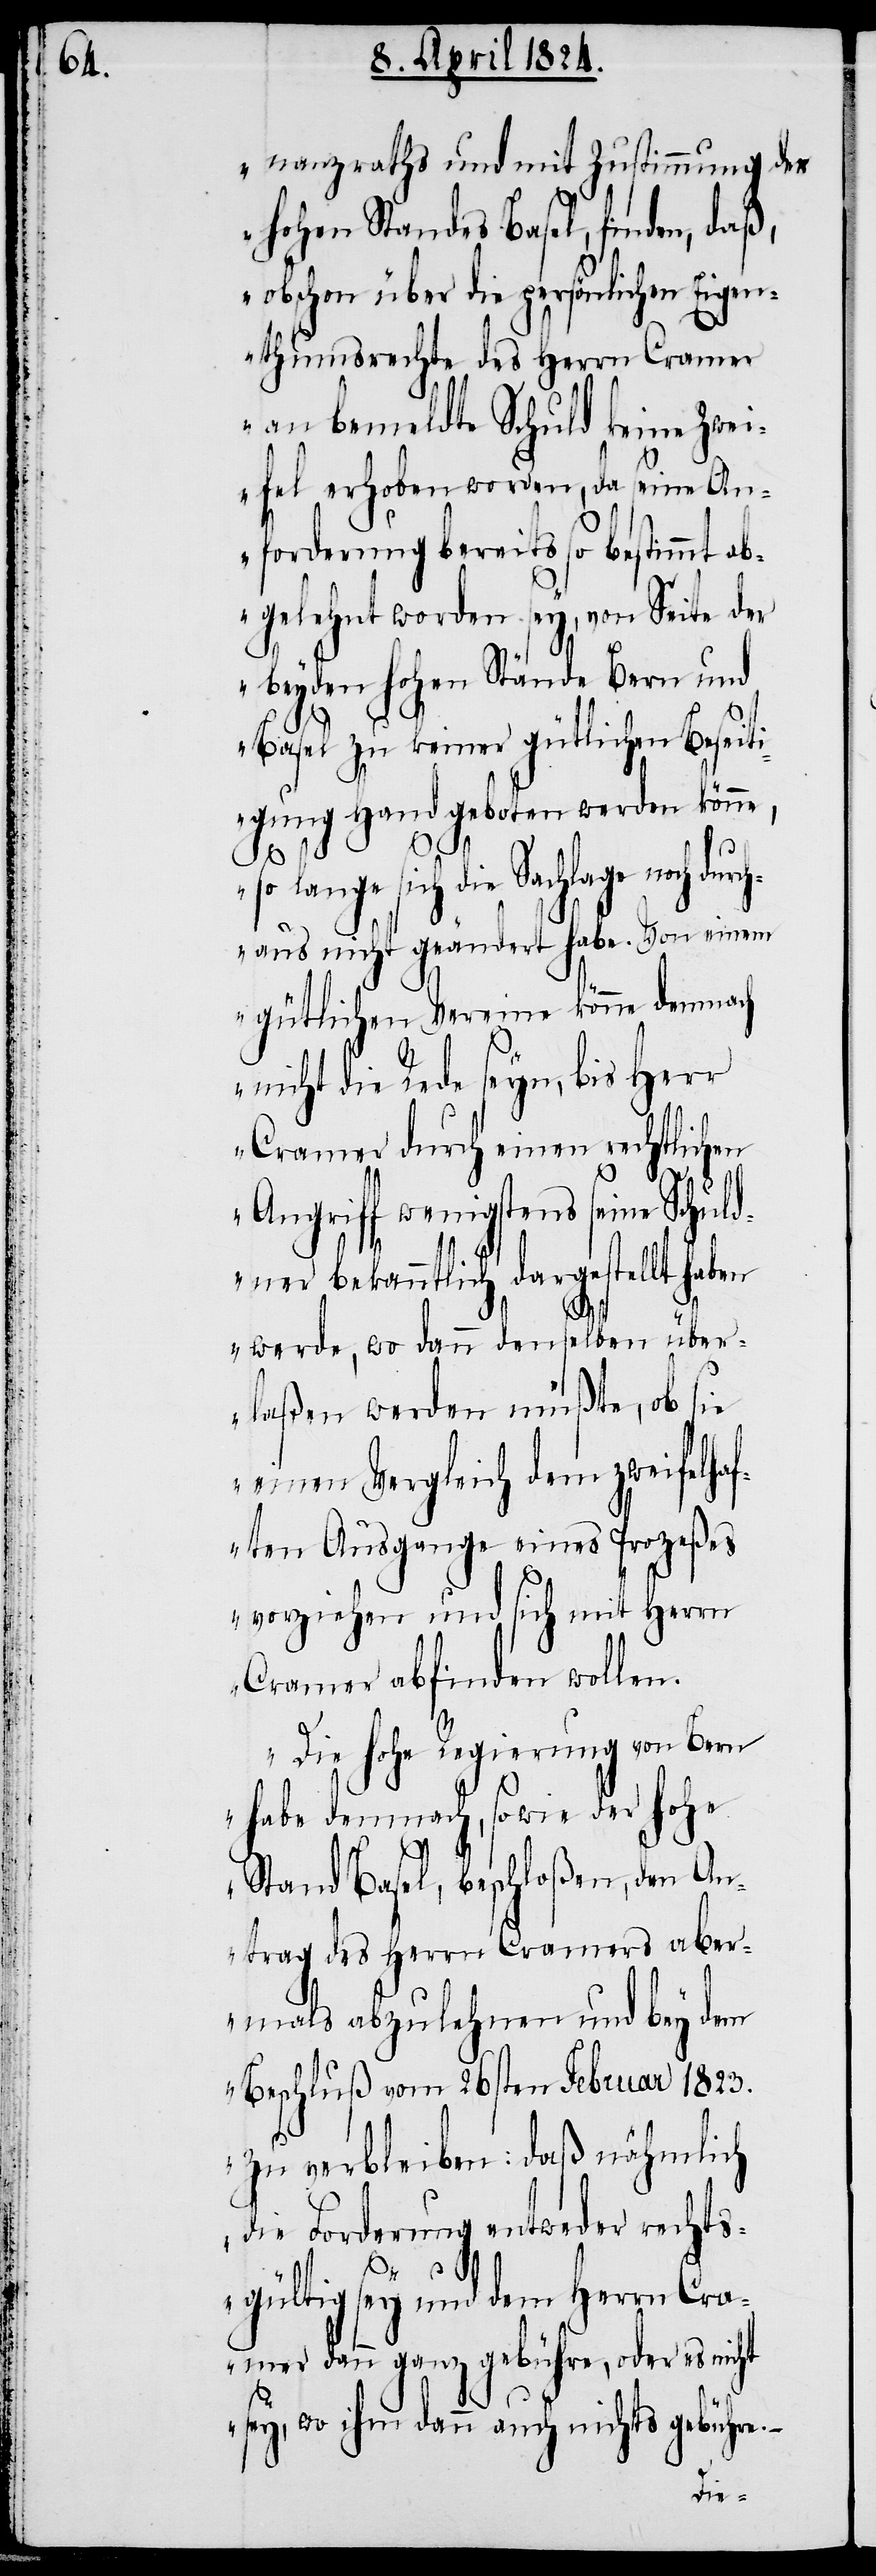
nanzraths und mit Zustimmung des
hohen Standes Basel, finden, daß,
obschon über die persönlichen Eige¬
nthumsrechte des Herrn Cramer
an bemeldte Schuld keine Zwei¬
fel erhoben worden, da seine An¬
forderung bereits so bestimmt ab¬
gelehnt worden sey, von Seite der
beyden hohen Stände Bern und
Basel zu keiner gütlichen Beseit¬
igung Hand geboten werden könne,
lange
sich die Sachlage noch du¬
rchaus nicht geändert habe. Von einem
gütlichen Vereine könne demnach
nicht die Rede sein, bis Herr
Cramer durch einen rechtlichen
Angriff wenigstens seine Schuld¬
ner bekanntlich dargestellt hab¬
en werde, wo dann denselben über¬
laßen werden müßte, ob sie
einen Vergleich dem zweifelha¬
ften Ausgange eines Prozeßes
vorziehen und sich mit Herrn
Cramer abfinden wollen.
Die hohe Regierung von Bern
habe demnach, sowie der hohe
Stand Basel, beschloßen, den An¬
trag des Herrn Cramers aber¬
mals abzulehnen und bey dem
Beschluß vom 26sten Februar 1823.
zu verbleiben: daß nähmlich
die Forderung entweder rechts¬
gültig sey und dem Herrn Cra¬
mer dann ganz gebühre, oder es nicht
sey, wo ihm dann auch nichts gebühre,